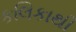
કલિકાથી